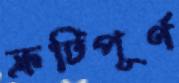
ক্রটিপূর্ণ